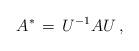
LaTeX: \begin{align*} A^{ \ast}\, =\,U^{-1} A U \, ,\end{align*}